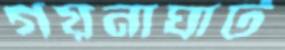
গয়নাঘাট